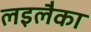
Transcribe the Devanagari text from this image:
लइलैका